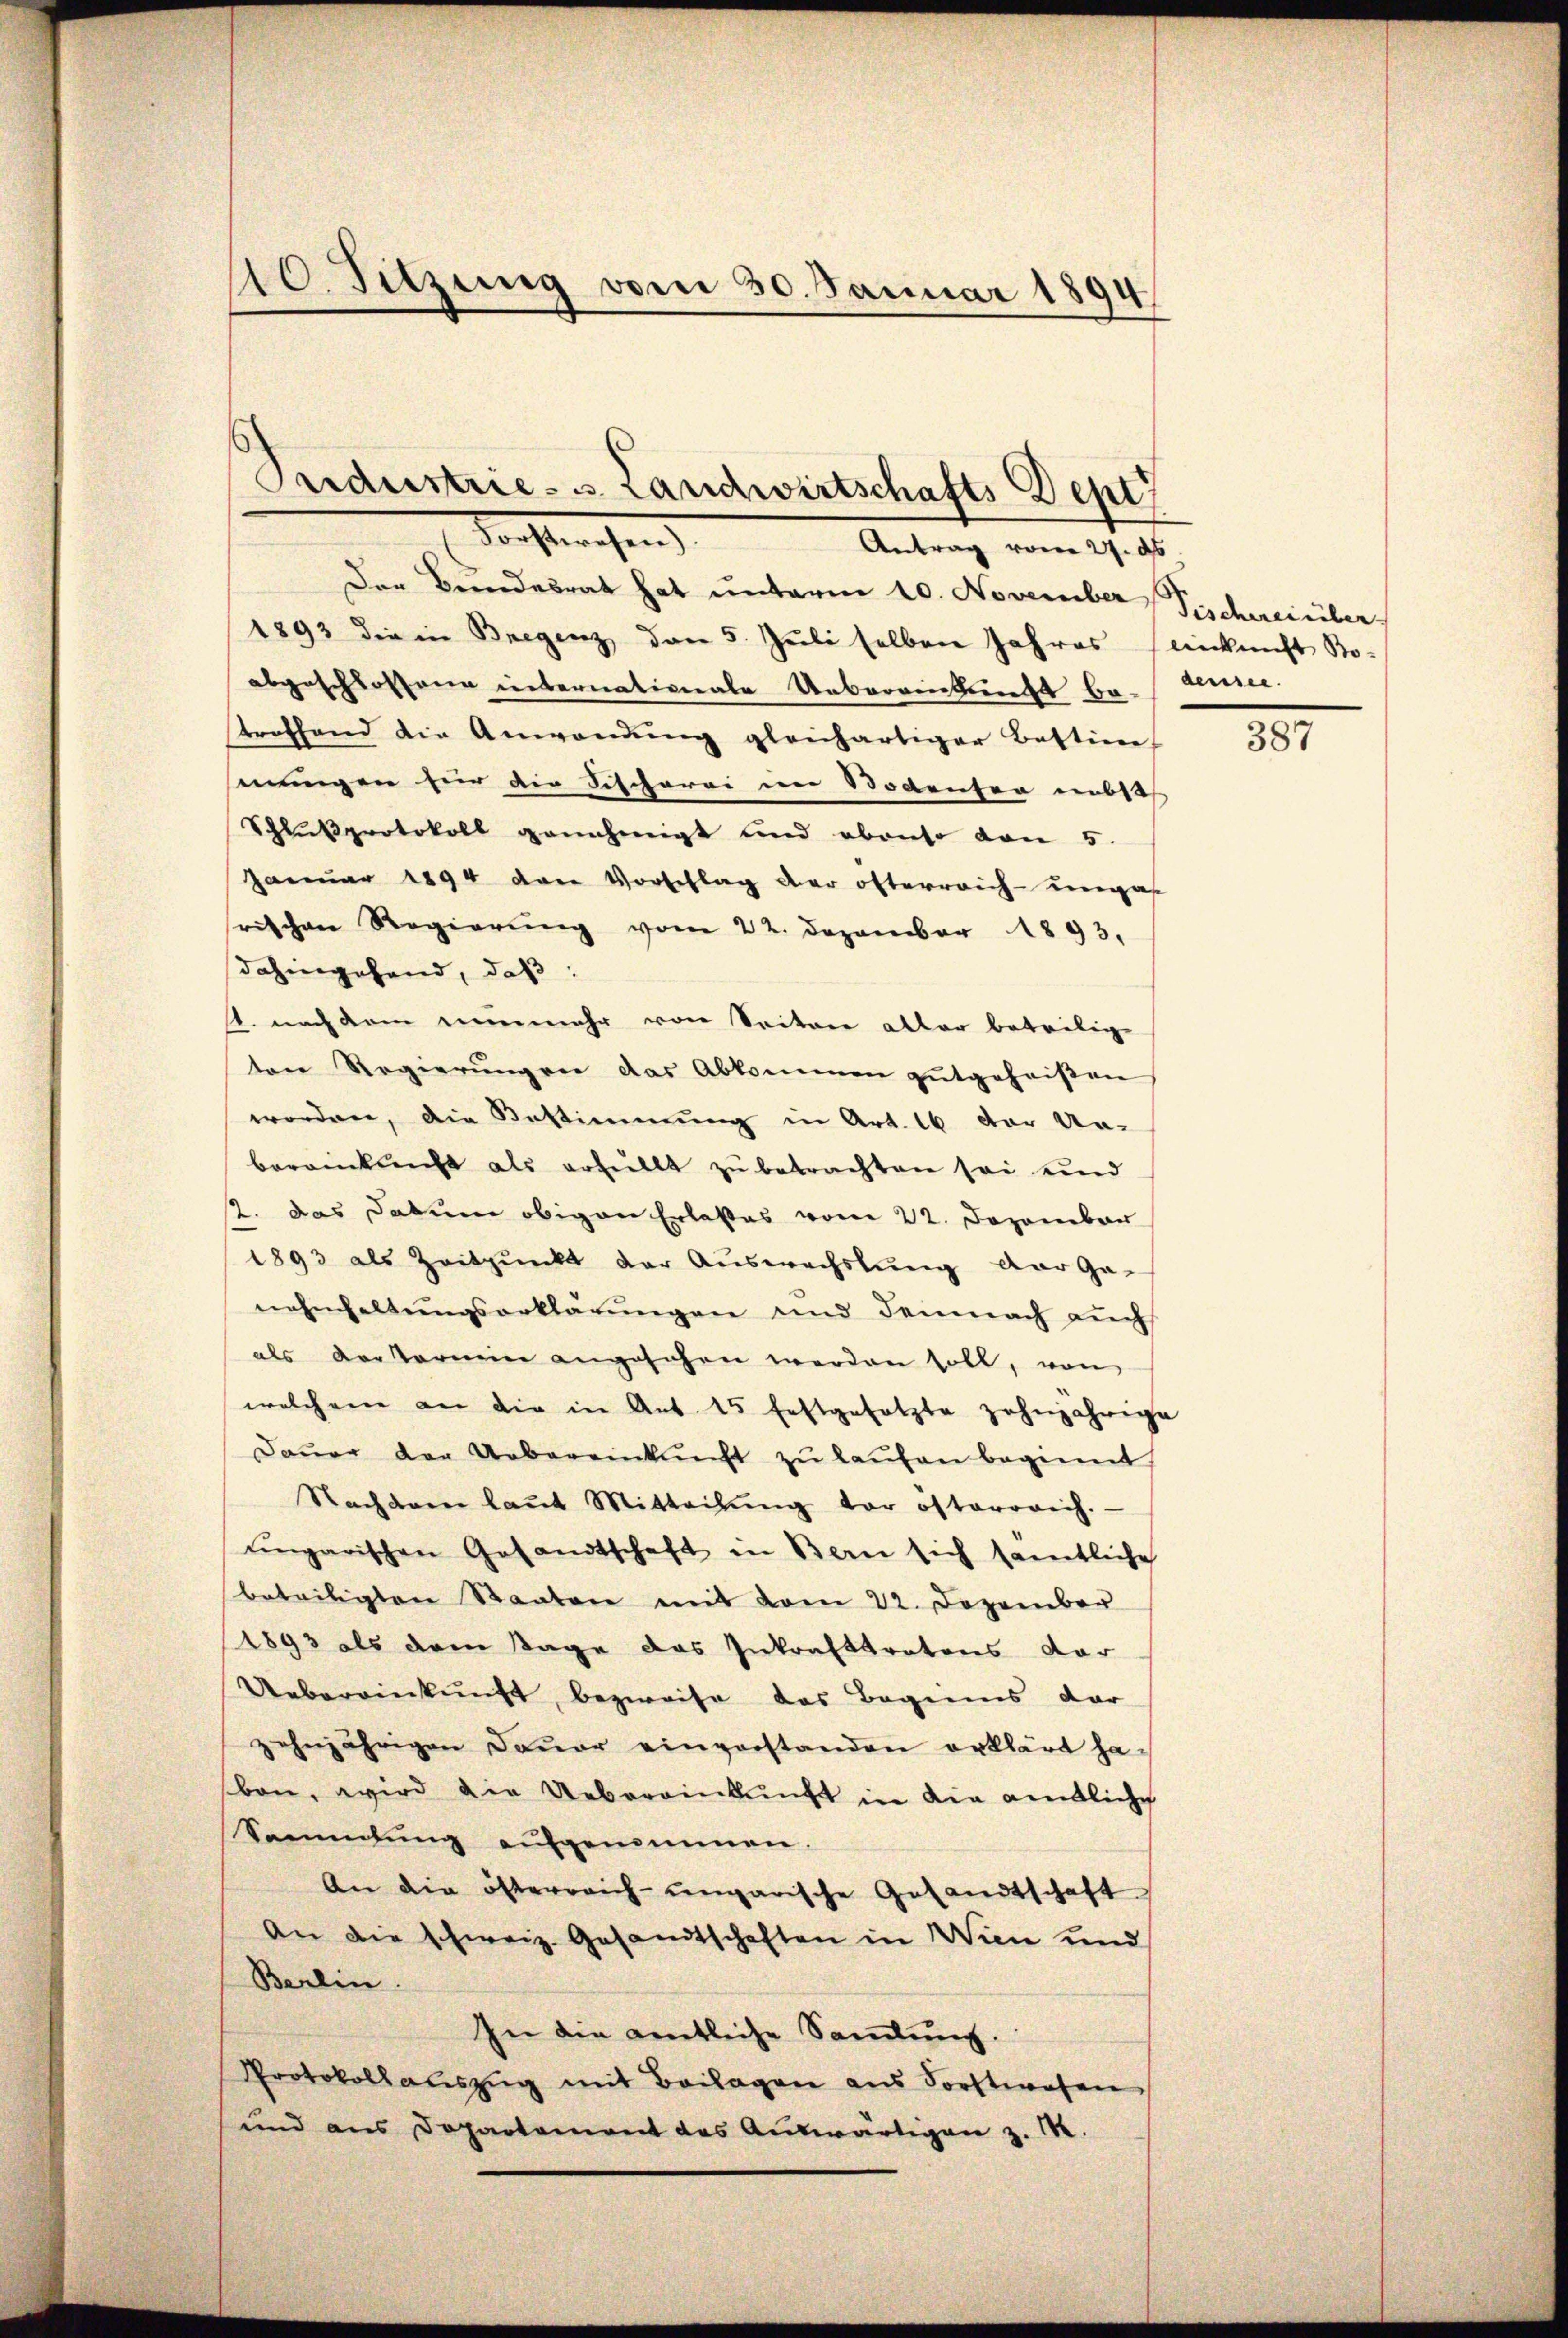
40. Sitzung vom 30. Januar 1894

Sendustrie- u Landwirtschafts Dept
Forsterchen
Antrag vom 27. ds

Der Bundesrat hat unterm 10. November Fischereinber
1893 die in Bregenz den 5. Juli selben Jahres einkunft Sto-
abgeschlossene unternationale Uebereinbrecht be-
trothend die Anwendung gleichartiger Bestine
senungen für der Fischerei im Bodenten unbeh
Schlußprotokoll genehmigt und ebenso von 5.
Januar 1894 van Vorschlag der öfterreich-ungas
frischen Regierung vom 22. Dezember 1893.
dahingehend, daß:
s. nach dem nunmehr von Seitere aller beteilige
ten Regierŭngen das Abkommen gutgeheiβen
worden, die Bestimmung in Art. 16 der Un-
bereinkunft als erfüllt zu betrachten sei und
2. Das Datum obigen Erlasses vom 22. Dezember
1893 als Zeitpunkt der Auswechslung der Ge-
nehhaltŭngserklärŭngen und demnach aŭch
als Aerarmin angesehen werden soll, von
welchem an die in Ant. 15 festgesetzte zehnjährige
Daŭer der Uebereinkunft zŭ laŭfen beginnt,
Nachdem laŭt Mitteilŭng der österrich.
ŭngarischen Gesandtschaft in Bern sich samtliche
beteiligten Staaten mit vom 22. Dezember
1893 als dem Tage das Inkrafttratons vor
Uebereinkunft bezweife das Beginns dar
zehnjährigen Dauer einverstanden erklärt habon, wird die Uebereinkunft in die anntliche
Sammlung aufgenommen.
An die österreich-ungarische Gesandtschaft
An die schweiz. Gesandtschaften in Wien und
Berlin.
In die entliche Samlung.
Protokollaŭszŭg mit Beilagen ans Forstwesen
und aus Departement des Auswärtigen z. B.

densee.

387